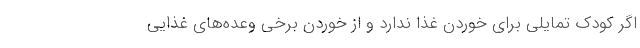
اگر کودک تمایلی برای خوردن غذا ندارد و از خوردن برخی وعده‌های غذایی